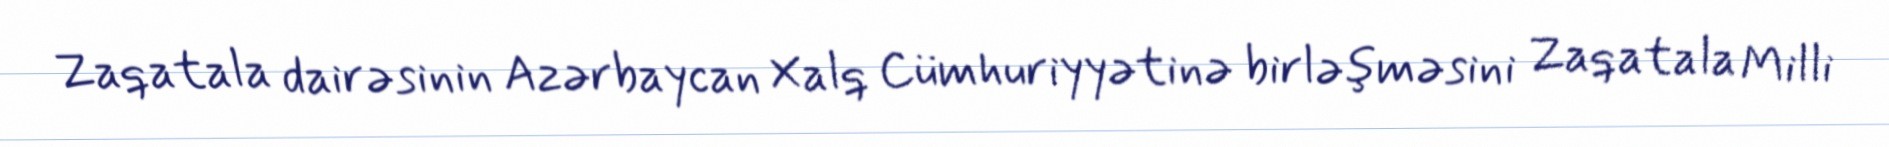
Zaqatala dairəsinin Azərbaycan Xalq Cümhuriyyətinə birləşməsini Zaqatala Milli